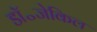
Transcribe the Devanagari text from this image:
डॉ॰जेकिल